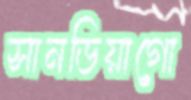
সানডিয়াগো